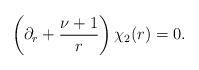
LaTeX: \begin{align*}\left(\partial_r +\frac{\nu+1}{r}\right)\chi_2(r)=0.\end{align*}